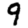
Digit: 9